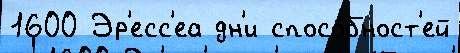
1600 Эр'есс'еа дн'и спосо́бност'ей